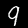
Digit: 9